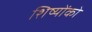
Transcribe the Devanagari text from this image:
शिष्योंको